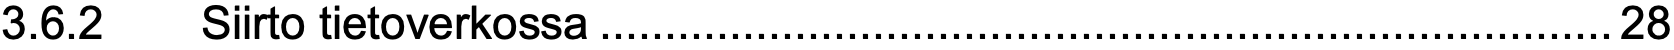
3.6.2  Siirto tietoverkossa..............................................................................28